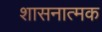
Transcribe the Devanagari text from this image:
शासनात्मक